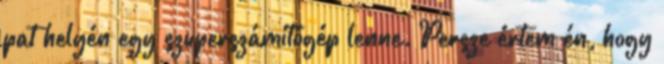
pat helyén egy szuperszámítógép lenne. Persze értem én, hogy